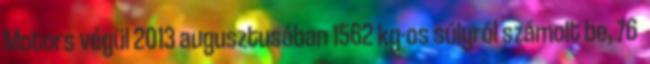
Motors végül 2013 augusztusában 1562 kg-os súlyról számolt be, 76